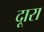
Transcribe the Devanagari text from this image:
दूारा